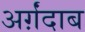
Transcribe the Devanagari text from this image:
अर्ग़ंदाब